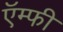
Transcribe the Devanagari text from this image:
ऍम्फी